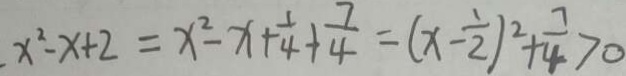
. x ^ { 2 } - x + 2 = x ^ { 2 } - x + \frac { 1 } { 4 } + \frac { 7 } { 4 } = ( x - \frac { 1 } { 2 } ) ^ { 2 } + \frac { 7 } { 4 } > 0